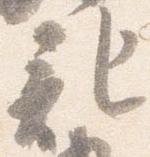
記